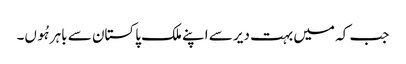
جب کہ میں بہت دیر سے اپنے ملک پاکستان سے باہر ہُوں۔